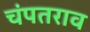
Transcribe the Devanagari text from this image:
चंपतराव